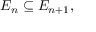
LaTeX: E _ { n } \subseteq E _ { n + 1 } ,